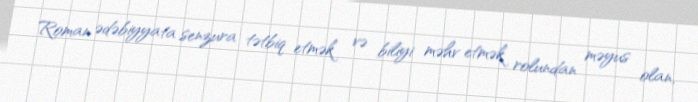
Roman ədəbiyyata senzura tətbiq etmək və biliyi məhv etmək rolundan məyus olan,